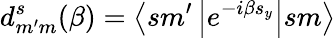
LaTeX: d_{m^{\prime}m}^{s}(\beta)=\left\langle sm^{\prime}\left|e^{-i\beta s_{y}}\right|sm\right\rangle